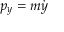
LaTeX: p _ { y } = m { \dot { y } }